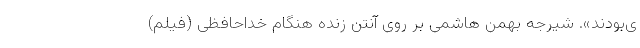
ی‌بودند». شیرجه بهمن هاشمی بر روی آنتن زنده هنگام خداحافظی (فیلم)